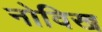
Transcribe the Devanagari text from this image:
नोविख